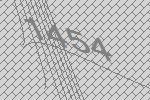
1454